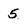
Character: 5